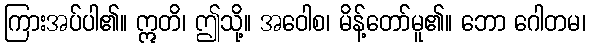
ကြားအပ်ပါ၏။ ဣတိ၊ ဤသို့။ အဝေါစ၊ မိန့်တော်မူ၏။ ဘော ဂေါတမ၊